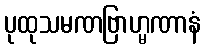
ပုထုသမဏဗြာဟ္မဏာနံ